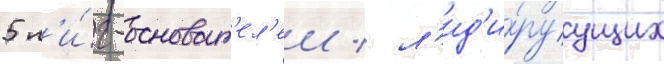
5 л'и́г-основат'ел'еи / л'ид'и́руущих